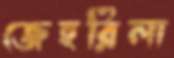
জেহরিলা